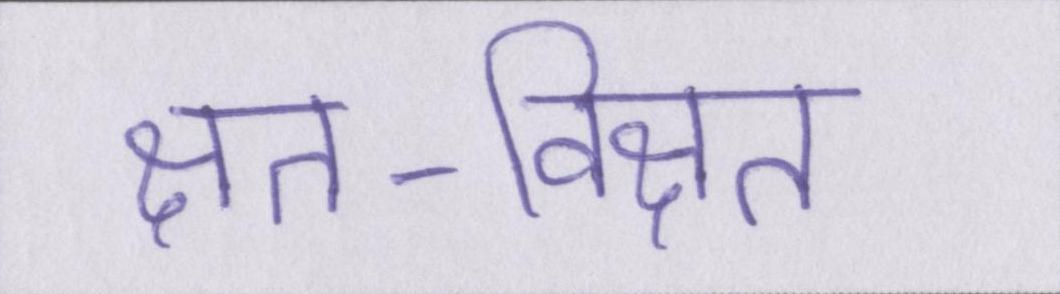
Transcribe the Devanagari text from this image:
क्षत-विक्षत